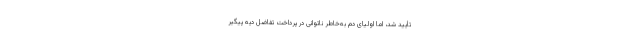
تأیید شد، اما اولیای دم به‌خاطر ناتوانی در پرداخت تفاضل دیه پیگیر